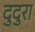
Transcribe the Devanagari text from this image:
दुदुरा